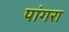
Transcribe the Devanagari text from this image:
पांगरा